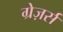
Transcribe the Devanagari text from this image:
ग्रेज़र्स